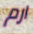
ارم